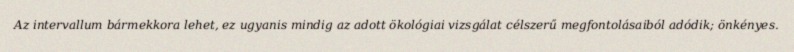
Az intervallum bármekkora lehet, ez ugyanis mindig az adott ökológiai vizsgálat célszerű megfontolásaiból adódik; önkényes.